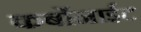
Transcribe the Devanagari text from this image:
कर्बोनाईट